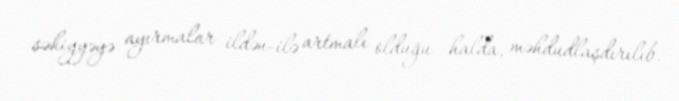
səhiyyəyə ayırmalar ildən-ilə artmalı olduğu halda, məhdudlaşdırılıb.